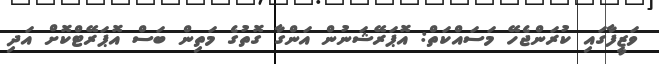
ވަޒީފާގައި ކުރަންޖެހޭ މަސައްކަތް: އޮޕަރޭޝަނުން އަންގާ ގޮތުގެ މަތިން ބަސް އޮޕަރޭޓްކޮށް އަދި